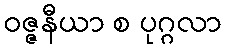
ဝဇ္ဇနီယာ စ ပုဂ္ဂလာ